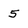
Character: 5